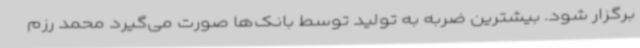
برگزار شود. بیشترین ضربه به تولید توسط بانک‌ها صورت می‌گیرد محمد رزم